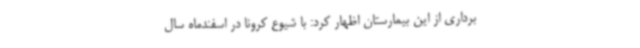
برداری از این بیمارستان اظهار کرد: با شیوع کرونا در اسفندماه سال